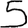
Digit: 5